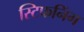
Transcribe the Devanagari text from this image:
स्टिफनिंग